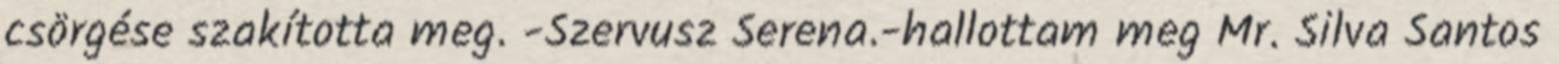
csörgése szakította meg. -Szervusz Serena.-hallottam meg Mr. Silva Santos